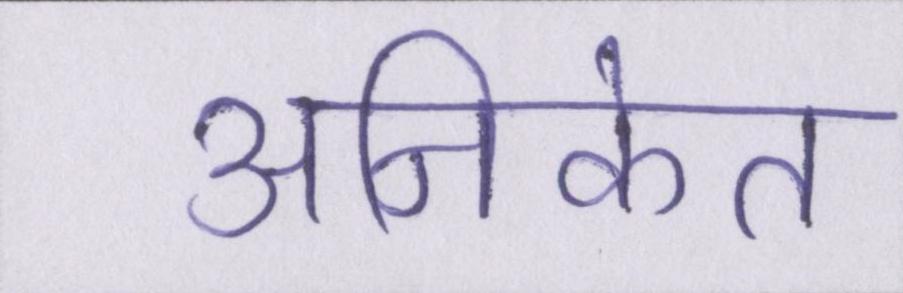
अनिकेत